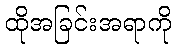
ထိုအခြင်းအရာကို